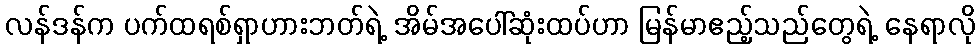
လန်ဒန်က ပက်ထရစ်ရှာဟားဘတ်ရဲ့ အိမ်အပေါ်ဆုံးထပ်ဟာ မြန်မာဧည့်သည်တွေရဲ့ နေရာလို